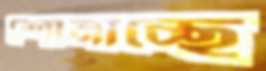
শোনাচ্ছে